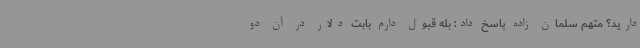
دارید؟ متهم سلمان زاده پاسخ داد: بله قبول دارم بابت دلار در آن دو